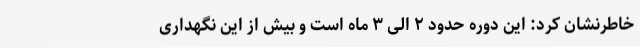
خاطرنشان کرد: این دوره حدود ۲ الی ۳ ماه است و بیش از این نگهداری